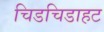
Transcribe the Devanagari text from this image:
चिडचिडाहट